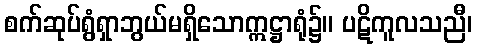
စက်ဆုပ်ရွံရှာဘွယ်မရှိသောဣဋ္ဌာရုံ၌။ ပဋိကူလသညီ၊